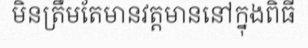
មិនត្រឹមតែមានវត្តមាននៅក្នុងពិធី